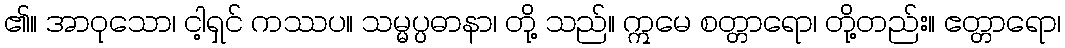
၏။ အာဝုသော၊ ငါ့ရှင် ကဿပ။ သမ္မပ္ပဓာနာ၊ တို့ သည်။ ဣမေ စတ္တာရော၊ တို့တည်း။ ဧတ္တာရော၊